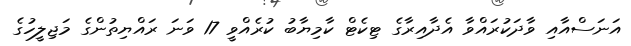
އަނަސްއާއި ވާދަކުރައްވާ އެދާއިރާގެ ޓިކެޓް ކާމިޔާބު ކުރެއްވީ 17 ވަނަ ރައްޔިތުންގެ މަޖިލީހުގެ